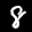
Label: 8